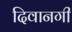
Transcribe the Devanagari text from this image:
दिवानगी